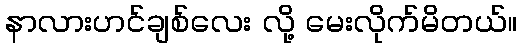
နာလားဟင်ချစ်လေး လို့ မေးလိုက်မိတယ်။